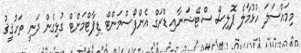
މިމައްސަލަ ހުޅުމާލެ ޕޮލިސް ސްޓޭޝަނާއި ޑްރަގް އެންފޯސްމަންޓް ޑިޕާޓްމަންޓް ގުޅިގެން ދަނީ ތަހުޤީޤު